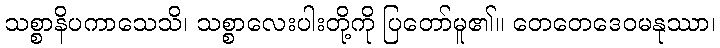
သစ္စာနိပကာသေသိ၊ သစ္စာလေးပါးတို့ကို ပြတော်မူ၏။ တေတေဒေဝမနုဿာ၊